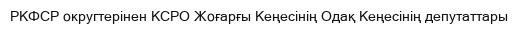
РКФСР округтерінен КСРО Жоғарғы Кеңесінің Одақ Кеңесінің депутаттары